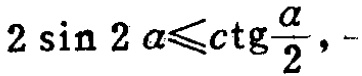
\(2\sin 2\alpha\leqslant\mathrm{ctg}\frac{\alpha}{2}\)